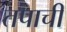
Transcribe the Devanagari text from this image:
तपाची